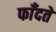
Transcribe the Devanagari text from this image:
फाँदते